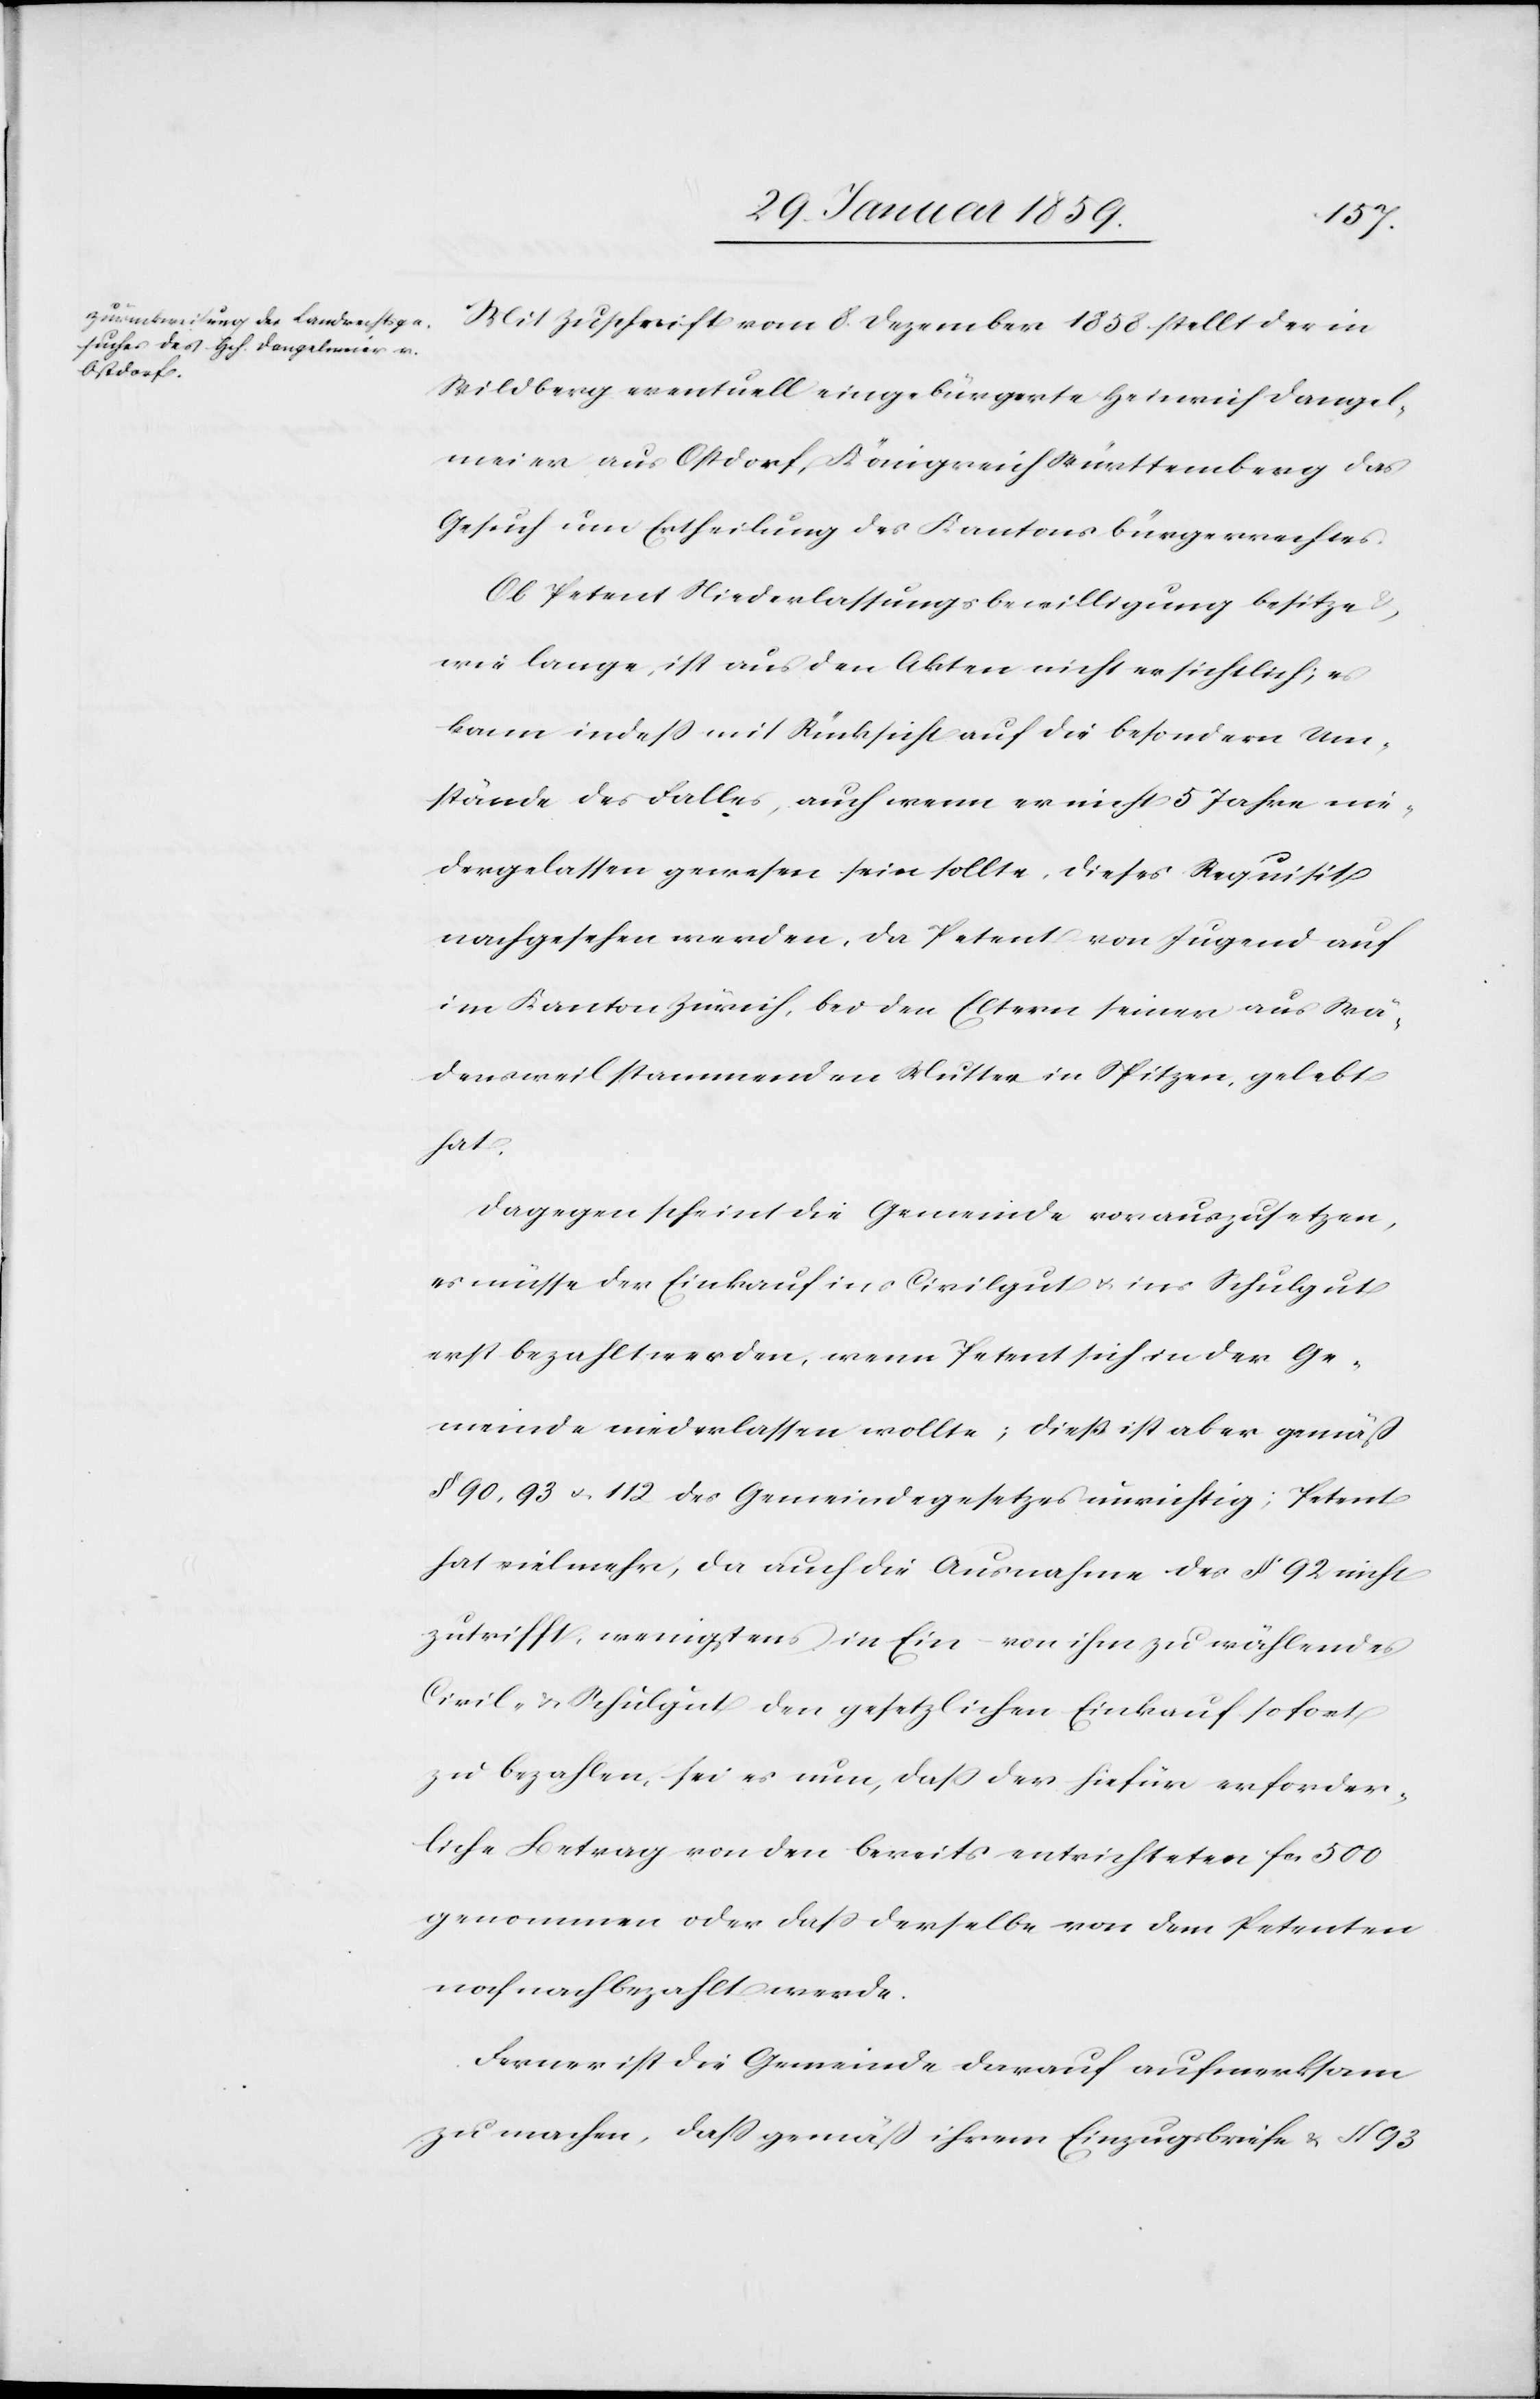
Mit Zuschrift vom 8. Dezember 1858 stellt der in
Wildberg eventuell eingebürgerte Heinrich Dangel¬
meier aus Ostdorf, Königreich Württemberg das
Gesuch um Ertheilung des Kantonsbürgerrechtes.
Ob Petent Niederlassungsbewilligung besitze
wie lange, ist aus den Akten nicht ersichtlich; es
kann indeß mit Rücksicht auf die besondern Um¬
stände des Falles, auch wenn er nicht 5 Jahre nie¬
dergelassen gewesen sein sollte, dieses Requisit
nachgesehen werden, da Petent von Jugend auf
im Kanton Zürich, bei den Eltern seiner aus Wä¬
densweil stammenden Mutter in Spitzen, gelebt
hat.
Dagegen scheint die Gemeinde vorauszusetzen,
es müsse der Einkauf ins Civilgut u. ins Schulgut
erst bezahlt werden, wenn Petent sich in der Ge¬
meinde niederlassen wollte; dieß ist aber gemäß
§ 90, 93 u. 112 des Gemeindegesetzes unrichtig; Petent
hat vielmehr, da auch die Ausnahme des § 92 nicht
zutrifft, wenigstens in Ein – von ihm zu wählendes
Civil- & Schulgut den gesetzlichen Einkauf sofort
zu bezahlen, sei es nun, daß der hiefür erforder¬
liche Betrag von den bereits entrichteten fcs 500
genommen oder daß derselbe von dem Petenten
noch nachbezahlt werde.
Ferner ist die Gemeinde darauf aufmerksam
zu machen, daß gemäß ihrem Einzugsbriefe & § 93